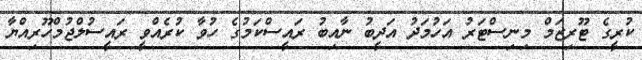
ކުރީގެ ޓޫރިޒަމް މިނިސްޓަރު އަހުމަދު އަދީބު ނާއިބު ރައީސްކަމުގެ ހުވާ ކުރެއްވީ ރައީސުލްޖުމްހޫރިއްޔާ